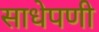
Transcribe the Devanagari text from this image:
साधेपणी